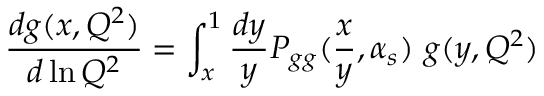
\frac { d g ( x , Q ^ { 2 } ) } { d \ln Q ^ { 2 } } = \int _ { x } ^ { 1 } \frac { d y } { y } P _ { g g } ( \frac { x } { y } , \alpha _ { s } ) \ g ( y , Q ^ { 2 } )